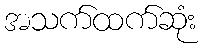
အသက်ထက်ဆုံး